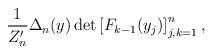
LaTeX: \begin{align*} \frac{1}{Z_n'} \Delta_n(y) \det \left[ F_{k-1}(y_j) \right]_{j,k=1}^n, \end{align*}